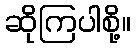
ဆိုကြပါစို့။